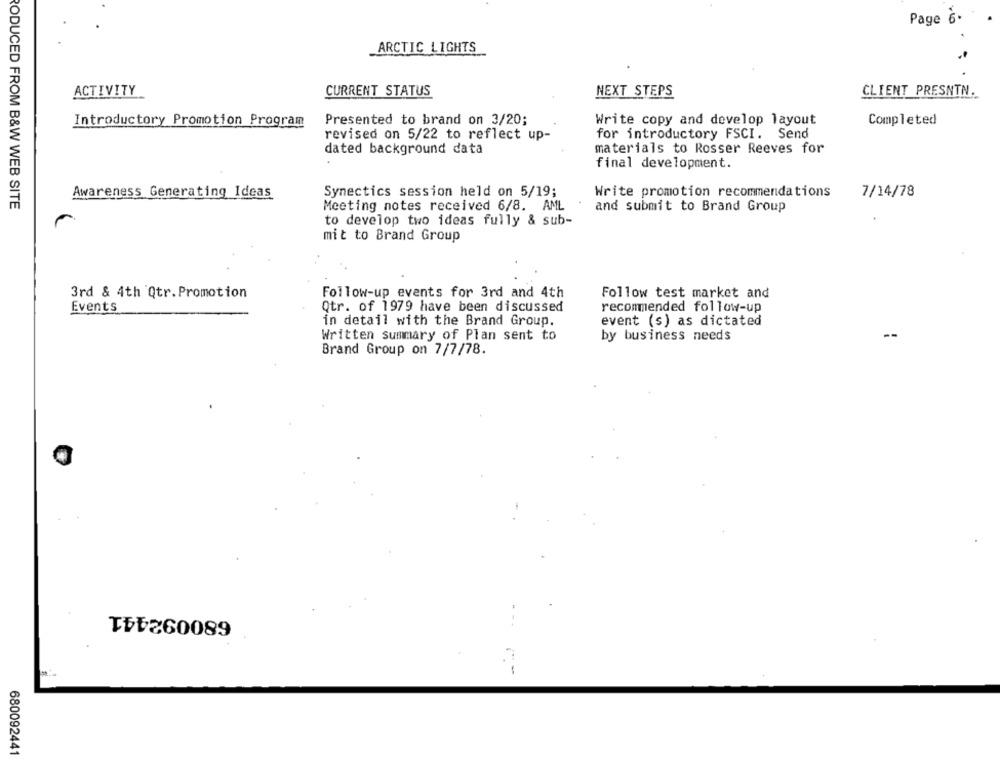
Page 6.
_ARCTIC LIGHTS
ACTIVITY
CLIENT PRESNTN.
CURRENT STATUS
NEXT STEPS
Introductory Promotion Program
Presented to brand on 3/20;
Write copy and develop layout
Completed
revised on 5/22 to reflect up-
for introductory FSCI. Send
dated background data
materials to Rosser Reeves for
final development.
Awareness Generating Ideas
Synectics session held on 5/19;
Write promotion recommendations
7/14/78
RODUCED FROM B&W WEB SITE
Meeting notes received 6/8. AML
and submit to Brand Group
to develop two ideas fully & sub-
mit to Brand Group
3rd & 4th Qtr. Promotion
Follow-up events for 3rd and 4th
Follow test market and
Events
Qtr. of 1979 have been discussed
recommended follow-up
in detail with the Brand Group.
event (s) as dictated
Written summary of Plan sent to
by business needs
Brand Group on 7/7/78.
680092441
680092441